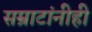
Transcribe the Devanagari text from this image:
सम्राटांनीही